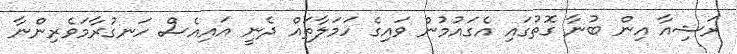
ރަޝިއާ އިން ބުނާ ގޮތުގައި އެގައުމުން ވައިގެ ހަމަލާތައް ދެނީ އައިއެސް ހަނގުރާމަވެރިންނާ